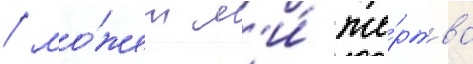
/ мо́жет л'и́ же́ртва